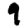
Digit: 9